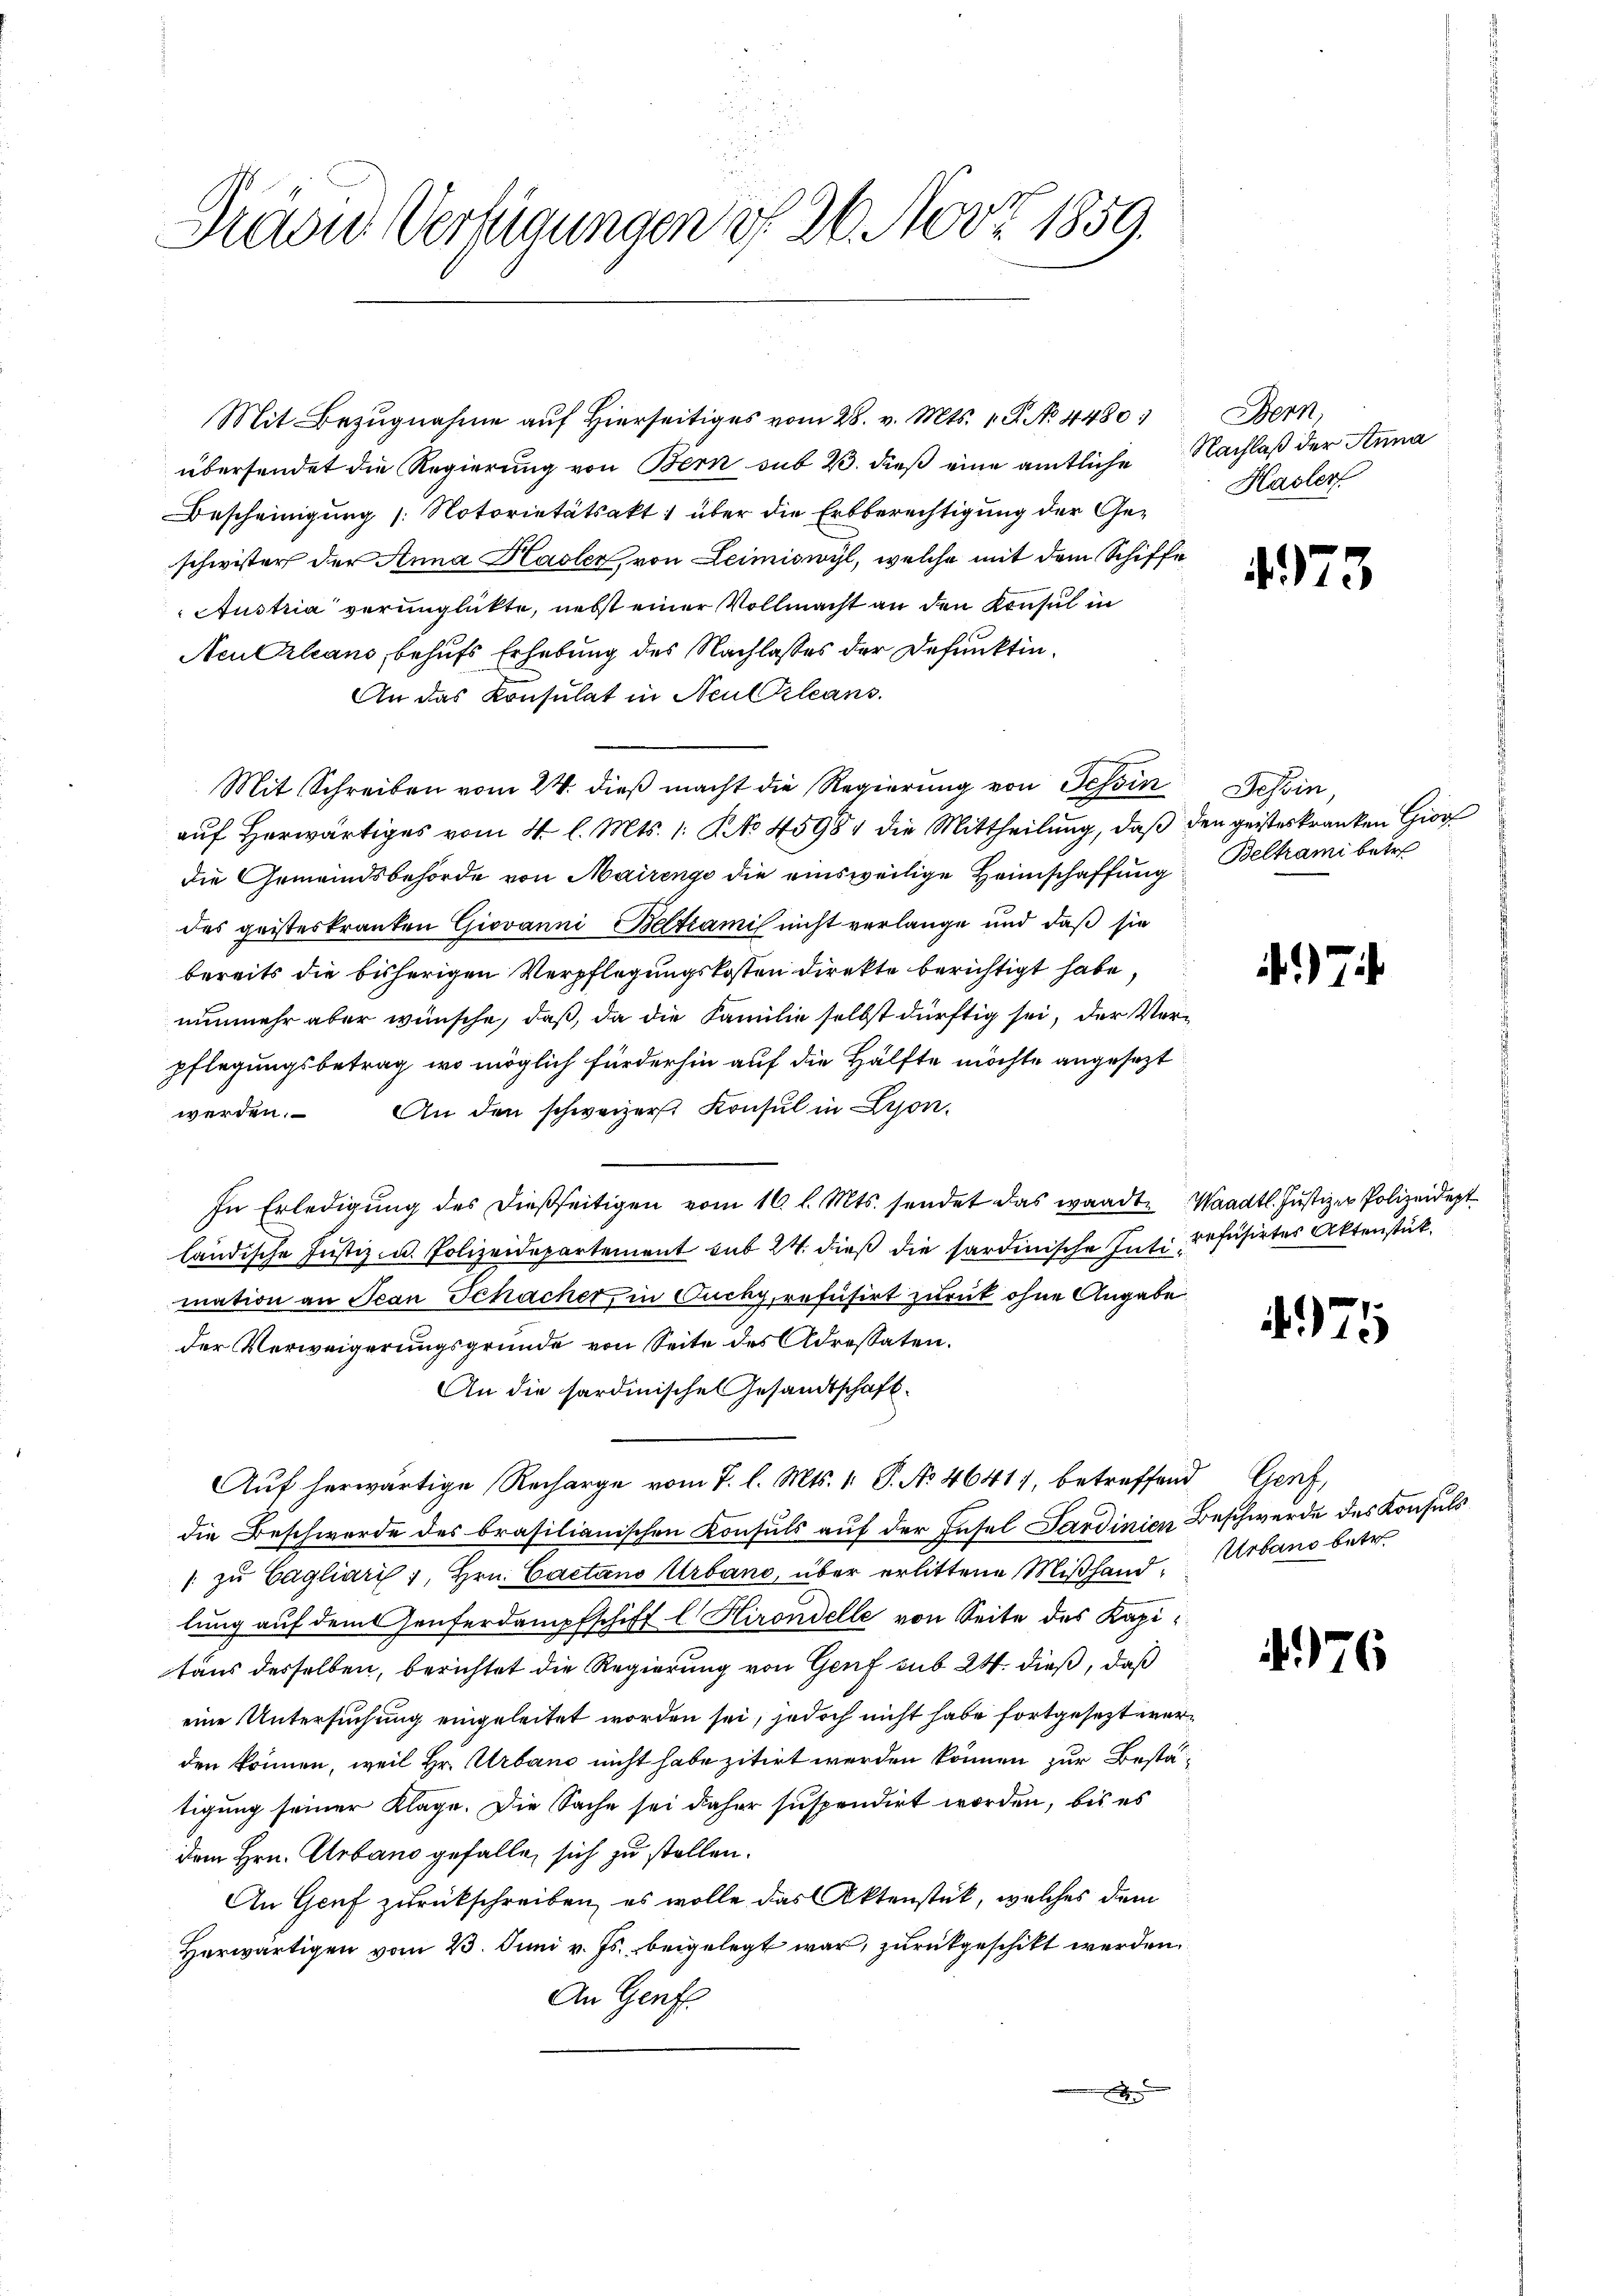
Präver Verfügungen f. 26. Nov. 1859.

Mit Bezugnahme auf Hierseitiges vom 28. v. Mts. 1. P. No 4480)
übersendet die Regierung von Bern sub 2. dieß eine amtliche Nachlaß der Anna
Bescheinigung (: Notorietätsakt über die Erbberechtigung der Geschwister der Anna Hasler, von Leimiswyl, welche mit dem Schiffe
Austria verunglückte, nebst einer Vollmacht an den Konsul in
Neu Orleans, behufs Erhebung des Nachlasses der Defunktin¬
An das Konsulat in Neulleans
Mit Schreiben vom 24. dieß macht die Regierung von Tessin Tessin
auf Herwärtiges vom 4. l. Mts. 1. No 45981 die Mittheilung, daß den geisteskranken Gior
die Gemeindsbehörde von Mairings die einsweilige Heimschaffung Beltrami betr
des geisteskranken Giovanni Beltramis nicht verlange und daß sie
bereits die bisherigen Verpflegungskosten direkte berichtigt habe,
nunmehr aber wünsche, daß, da die Familie selbst dürftig sei, der Verpflegungsbetrag, wo möglich fürderhin auf die Hälfte möchte angesezt
werden. An den schweizer Konsul in Lyon,
In Erledigung des dießseitigen vom 16. l. Mts. sendet das wandte
ländische Justiz- u. Polizeidepartement sub 24. dieß die sardinische Inti refüsirtes Aktenstück.
mation an Jean Schacher, in Cucky, refüsirt zurück ohne Angabe
der Verweigerungsgründe von Seite des Adrestaten.
An die hardinische Gesandtschaft.
Auf herwärtige Recharge vom 7. l. Mts. 1. P. No 4641, betreffend Genf,
die Beschwerde des brasilianischen Konsuls auf der Insel Sardinien Beschwerde des Konsuls
1 zu Cagliarii, Hrn. Cactano Urband, über erlittene Mißhand. Urbans betr.
lung auf dem Genferdampfschiff l Hirondelle von Seite des Kapitaus desselben, berichtet die Regierung von Genf sub 24. dieß, daß
eine Untersuchung eingeleitet worden sei, jedoch nicht habe fortgesezt werden können, weil Hr. Urband nicht habe zitirt werden können zur Bestätigung seiner Klage. Die Sache sei daher suspendirt worden, bis es
dem Hrn. Erbano gefalle sich zu stellen.
An Genf zurückschreiben, es wolle das Aktenstück, welches dem
Herwärtigen vom 23. Juni v. Js. beigelegt war, zurückgeschikt werden.
An Genf.
A

Bern
Hasler

475

4.7.

Waadt. Justizen Polizeidept

4975

7

6